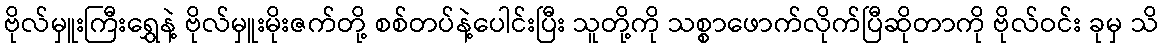
ဗိုလ်မှူးကြီးရွှေနဲ့ ဗိုလ်မှူးမိုးဇက်တို့ စစ်တပ်နဲ့ပေါင်းပြီး သူတို့ကို သစ္စာဖောက်လိုက်ပြီဆိုတာကို ဗိုလ်ဝင်း ခုမှ သိ